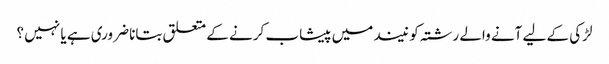
لڑکی کے لیے آنے والے رشتہ کو نیند میں پیشاب کرنے کے متعلق بتانا ضروری ہے یا نہیں ؟